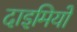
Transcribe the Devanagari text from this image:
दाइमियों